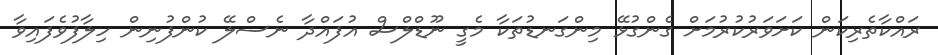
ރައްކާތެރިކަން ކަށަވަރުކުރުމަށް ގެންގުޅޭ މިންގަނޑުތަކާ މެގީ ނޫޑްލްސް އުފައްދާ ނެސްލޭ ކުންފުނިން ހިލާފުވެފައިވާ